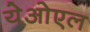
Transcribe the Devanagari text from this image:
येओएल